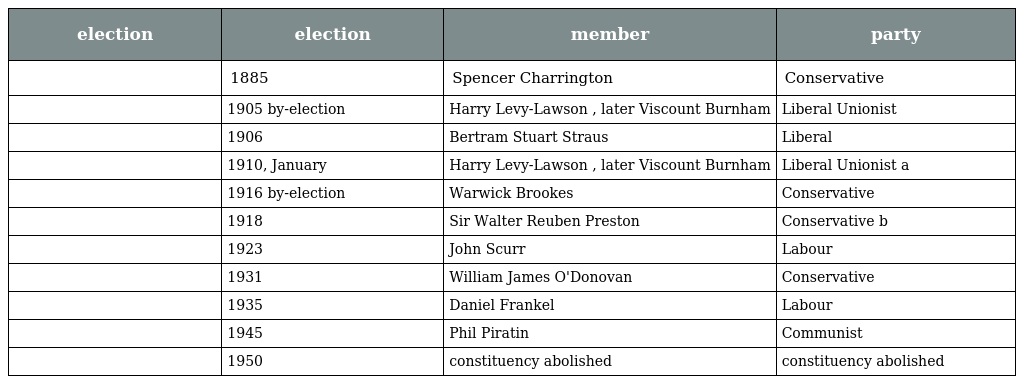
| election | election | member | party |
 | --- | --- | --- | --- |
 |  | 1885 | Spencer Charrington | Conservative |
 |  | 1905 by-election | Harry Levy-Lawson , later Viscount Burnham | Liberal Unionist |
 |  | 1906 | Bertram Stuart Straus | Liberal |
 |  | 1910, January | Harry Levy-Lawson , later Viscount Burnham | Liberal Unionist a |
 |  | 1916 by-election | Warwick Brookes | Conservative |
 |  | 1918 | Sir Walter Reuben Preston | Conservative b |
 |  | 1923 | John Scurr | Labour |
 |  | 1931 | William James O'Donovan | Conservative |
 |  | 1935 | Daniel Frankel | Labour |
 |  | 1945 | Phil Piratin | Communist |
 |  | 1950 | constituency abolished | constituency abolished |